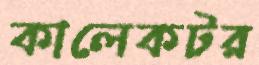
কালেকটর